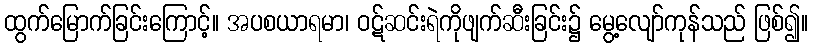
ထွက်မြောက်ခြင်းကြောင့်။ အပစယာရမာ၊ ဝဋ်ဆင်းရဲကိုဖျက်ဆီးခြင်း၌ မွေ့လျော်ကုန်သည် ဖြစ်၍။